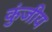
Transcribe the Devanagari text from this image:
कुंजीय